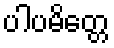
ပါပမိတ္တေ